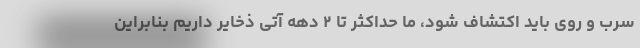
سرب و روی باید اکتشاف شود، ما حداکثر تا ۲ دهه آتی ذخایر داریم بنابراین